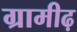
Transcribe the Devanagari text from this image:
ग्रामीढ़